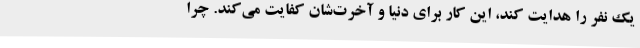
یک نفر را هدایت کند، این کار برای دنیا و آخرت‌شان کفایت می‌کند. چرا